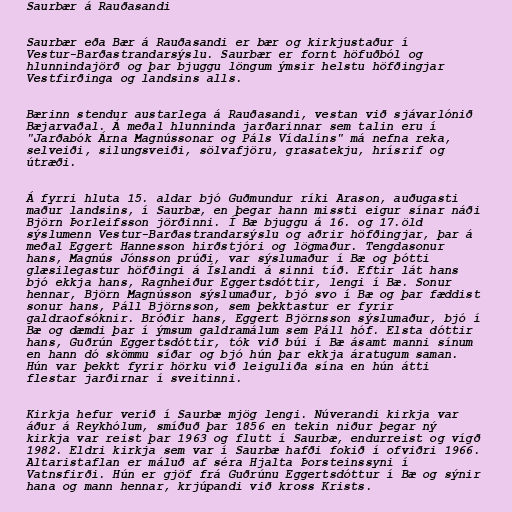
Saurbær á Rauðasandi

Saurbær eða Bær á Rauðasandi er bær og kirkjustaður í
Vestur-Barðastrandarsýslu. Saurbær er fornt höfuðból og
hlunnindajörð og þar bjuggu löngum ýmsir helstu höfðingjar
Vestfirðinga og landsins alls.

Bærinn stendur austarlega á Rauðasandi, vestan við sjávarlónið
Bæjarvaðal. Á meðal hlunninda jarðarinnar sem talin eru í
"Jarðabók Árna Magnússonar og Páls Vídalíns" má nefna reka,
selveiði, silungsveiði, sölvafjöru, grasatekju, hrísrif og
útræði.

Á fyrri hluta 15. aldar bjó Guðmundur ríki Arason, auðugasti
maður landsins, í Saurbæ, en þegar hann missti eigur sínar náði
Björn Þorleifsson jörðinni. Í Bæ bjuggu á 16. og 17.öld
sýslumenn Vestur-Barðastrandarsýslu og aðrir höfðingjar, þar á
meðal Eggert Hannesson hirðstjóri og lögmaður. Tengdasonur
hans, Magnús Jónsson prúði, var sýslumaður í Bæ og þótti
glæsilegastur höfðingi á Íslandi á sinni tíð. Eftir lát hans
bjó ekkja hans, Ragnheiður Eggertsdóttir, lengi í Bæ. Sonur
hennar, Björn Magnússon sýslumaður, bjó svo í Bæ og þar fæddist
sonur hans, Páll Björnsson, sem þekktastur er fyrir
galdraofsóknir. Bróðir hans, Eggert Björnsson sýslumaður, bjó í
Bæ og dæmdi þar í ýmsum galdramálum sem Páll hóf. Elsta dóttir
hans, Guðrún Eggertsdóttir, tók við búi í Bæ ásamt manni sínum
en hann dó skömmu síðar og bjó hún þar ekkja áratugum saman.
Hún var þekkt fyrir hörku við leiguliða sína en hún átti
flestar jarðirnar í sveitinni.

Kirkja hefur verið í Saurbæ mjög lengi. Núverandi kirkja var
áður á Reykhólum, smíðuð þar 1856 en tekin niður þegar ný
kirkja var reist þar 1963 og flutt í Saurbæ, endurreist og vígð
1982. Eldri kirkja sem var í Saurbæ hafði fokið í ofviðri 1966.
Altaristaflan er máluð af séra Hjalta Þorsteinssyni í
Vatnsfirði. Hún er gjöf frá Guðrúnu Eggertsdóttur í Bæ og sýnir
hana og mann hennar, krjúpandi við kross Krists.